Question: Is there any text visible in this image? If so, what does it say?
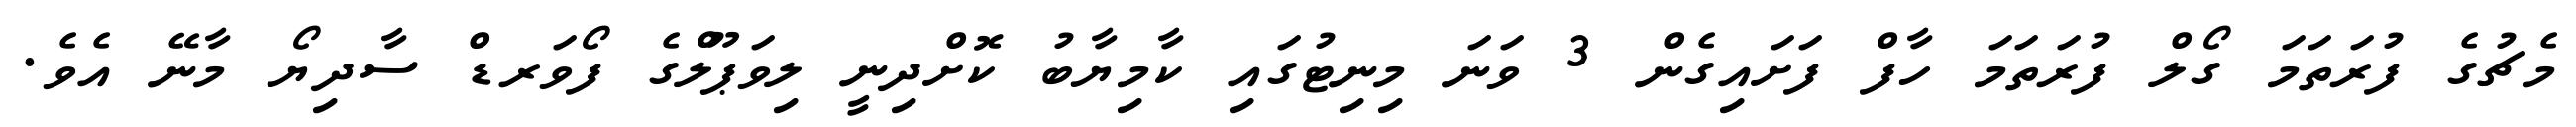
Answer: މެޗުގެ ފުރަތަމަ ގޯލް ފުރަތަމަ ހާފް ފަށައިގެން 3 ވަނަ މިނިޓުގައި ކާމިޔާބު ކޮށްދިނީ ލިވަޕޫލްގެ ފޯވަރޑް ސާދިޔޯ މާނޭ އެވެ.